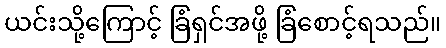
ယင်းသို့ကြောင့် ခြံရှင်အဖို့ ခြံစောင့်ရသည်။